Civil Veterinary Department. Madras. Admin. report 1910-25 - 1910-1925
Year: 1910
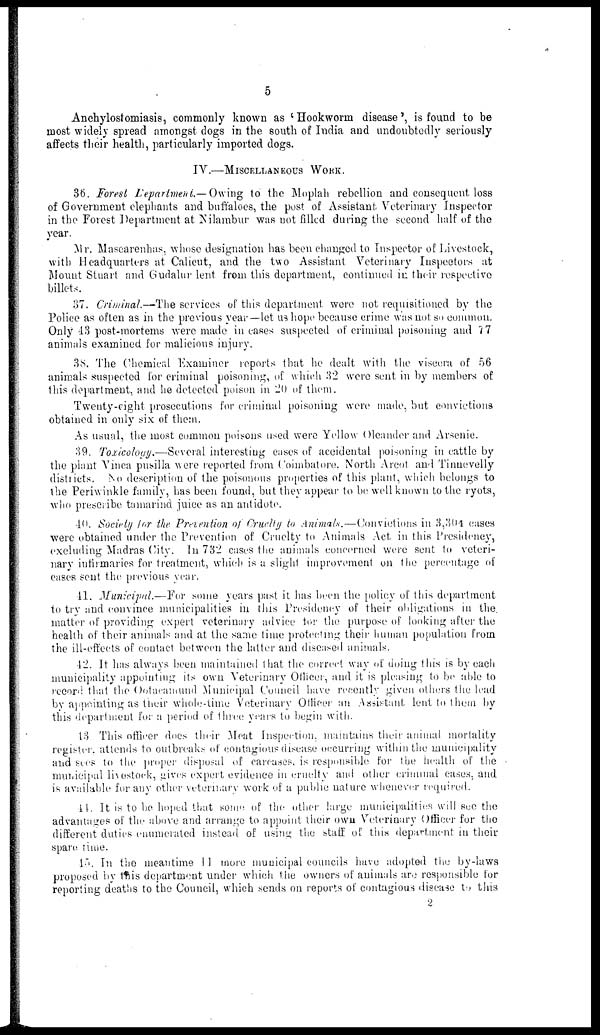
5
Anchlostomiasis, commonly known as 'Hookworm disease', is found to be
most widely spread amongst dogs in the south of India and undoubtedly seriously
affects their health, particularly imported dogs.
IV.—MISCELLANEOUS WORK.
36. Forest Department— Owing to the Moplah rebellion and consequent loss
of Government elephants and buffaloes, the post of Assistant Veterinary Inspector
in the Forest Department at Nilambur was not filled during the second half of the
year.
Mr. Mascarenhas, whose designation has been changed to Inspector of Livestock,
with Headquarters at Calicut, and the two Assistant Veterinary Inspectors at
Mount Stuart and Gudalur lent from this department, continued in their respective
billets.
37. Criminal.—The services of this department were not requisitioned by the
Police as often as in the previous year—let us hope because crime was not so common.
Only 43 post-mortems were made in cases suspected of criminal poisoning and 7 7
animals examined for malicious injury.
38. The Chemical Examiner reports that he dealt with the viscera of 56
animals suspected for criminal poisoning, of which 32 were sent in by members of
this department, and he detected poison in 20 of them.
Tweuty-eight prosecutions for criminal poisoning were made, but convictions
obtained in only six of them.
As usual, the most common poisons used were Yellow Oleander and Arsenic.
39. Toxicology.—Several interesting cases of accidental poisoning in cattle by
the plant Vinca pusilla were reported from Coimbatore. North Arcot and Tinnevelly
districts. No description of the poisonous properties of this plant, which belongs to
the Periwinkle family, has been found, but they appear to be well known to the ryots,
who prescribe tamarind juice as an antidote.
40. Society for the Prevention of Cruelty to Animals.—Convictions in 3,304 cases
were obtained under the Prevention of Cruelty to Animals Act in this Presidency,
excluding Madras City. In 732 cases the animals concerned were sent to veteri-
nary infirmaries for treatment, which is a slight improvement on the percentage of
eases sent the previous year.
41. Municipal.—For
some years past it has been the policy of this department
to try and convince municipalities in this Presidency of their obligations in the
matter of providing expert veterinary advice for the purpose of looking after the
health of their animals and at the same time protecting their human population from
the ill-effects of contact between the latter and diseased animals.
42. It has always been maintained that the correct way of doing this is by each
municipality appointing its own Veterinary Officer, and it is pleasing to be able to
record that the Ootacamund Municipal Council have recently given others the lead
by appointing as their whole-time Veterinary Officer an Assistant lent to them by
this department for a period of three years to begin with.
43 This officer does their Meat Inspection, maintains their animal mortality
register, attends to outbreaks of contagious disease occurring within the municipality
and sees to the proper disposal of carcases, is responsible for the health of the
municipal livestock, gives expert evidence in cruelty and other criminal cases, and
is available for any other veterinary work of a public nature whenever required.
44. It is to bo hoped that some of the other large municipalities will see the
advantages of the above and arrange to appoint their own Veterinary Officer for the
different duties enumerated instead of using the staff of this department in their
spare time.
45. In the meantime 11 more municipal councils have adopted the by-laws
proposed by this department under which the owners of animals are responsible for
reporting deaths to the Council, which sends on reports of contagious disease to this
9